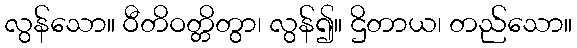
လွန်သော။ ဝီတိဝတ္တိတွာ၊ လွန်၍။ ဌိတာယ၊ တည်သော။